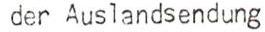
 der Auslandsendung